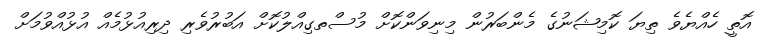
އޮތީ ހެއްޔެވެ ތިޔަ ކޮމިޝަނުގެ މެންބަރުން މިނިވަންކޮށް މުސްތގިއްލުކޮށް އަބުރުވެރި ދިރިއުޅުމެއް އުޅުއްވުމަށް